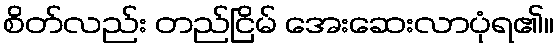
စိတ်လည်း တည်ငြိမ် အေးဆေးလာပုံရ၏။